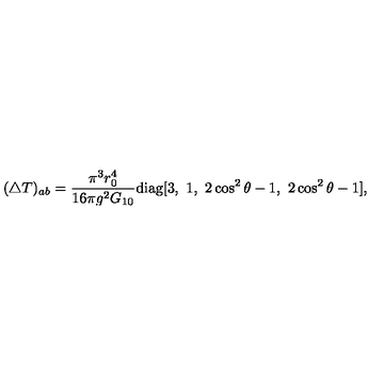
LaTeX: ( \triangle T ) _ { a b } = \frac { \pi ^ { 3 } r _ { 0 } ^ { 4 } } { 1 6 \pi g ^ { 2 } G _ { 1 0 } } \mathrm { d i a g } [ 3 , \ 1 , \ 2 \cos ^ { 2 } \theta - 1 , \ 2 \cos ^ { 2 } \theta - 1 ] ,